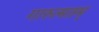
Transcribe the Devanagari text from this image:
गारुत्मतम्